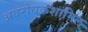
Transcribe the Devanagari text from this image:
अवरोधकशामिल